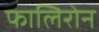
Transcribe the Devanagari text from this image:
फालिरोन